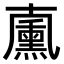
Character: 𠧋